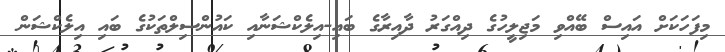
މިފަހަކަށް އައިސް ބޭއްވި މަޖިލީހުގެ ދިއްގަރު ދާއިރާގެ ބައި-އިލެކްޝަނާއި ކައުންސިލްތަކުގެ ބައި އިލެކްޝަން